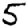
Digit: 5